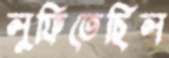
লুফিতেছিল